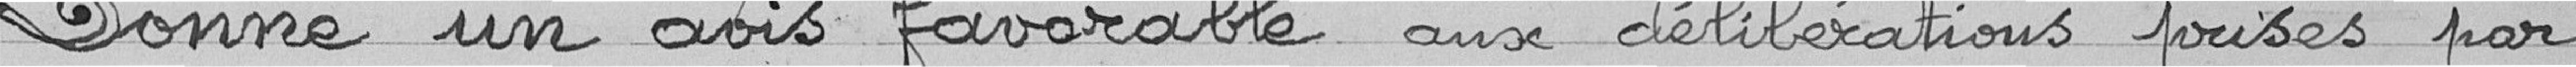
Donne un avis favorable aux délibérations prises par